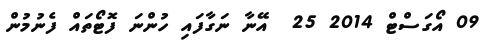
09 އޯގަސްޓް 2014 25  އޭނާ ނަގާފައި ހުންނަ ފޮޓޯތައް ފެނުމުން